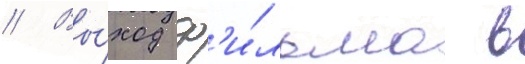
// Вы́ход ф'и́льма в